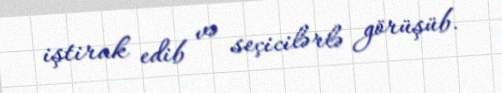
iştirak edib və seçicilərlə görüşüb.